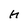
Character: h